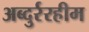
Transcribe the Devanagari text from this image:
अब्दुर्ररहीम